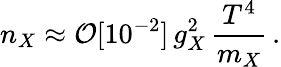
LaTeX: n_{X}\approx\mathcal{O}[10^{-2}]\, g_{X}^{2}\, \frac{{T^{4}}}{{m_{X}}}\, .